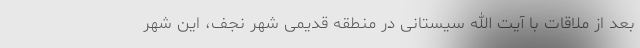
بعد از ملاقات با آیت الله سیستانی در منطقه قدیمی شهر نجف، این شهر